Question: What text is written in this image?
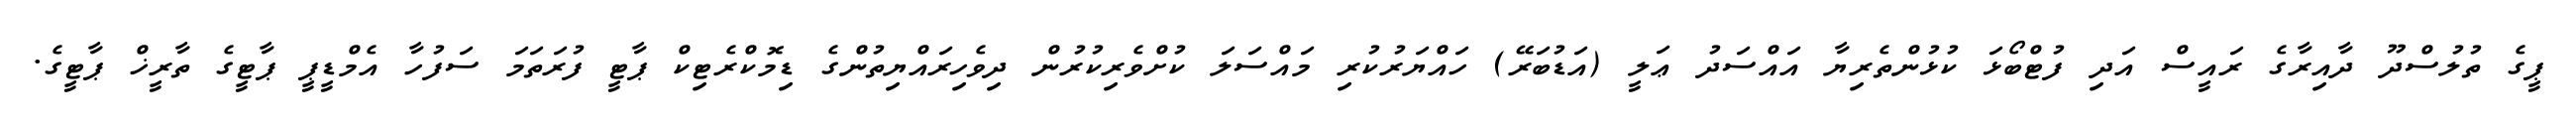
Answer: ޕީގެ ތުލުސްދޫ ދާއިރާގެ ރައީސް އަދި ފުޓްބޯޅަ ކުޅުންތެރިޔާ އައްސަދު ޢަލީ (އަޑުބަރޭ) ހައްޔަރުކުރި މައްސަލަ ކުށްވެރިކުރުން ދިވެހިރައްޔިތުންގެ ޑިމޮކްރެޓިކް ޕާޓީ ފުރަތަމަ ސަފުހާ އެމްޑީޕީ ޕާޓީގެ ތާރީޚް ޕާޓީގެ.